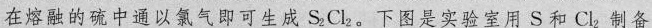
在熔融的硫中通以氯气即可生成S _{2}Cl _{2}。下图是实验室用S和Cl _{2}制备